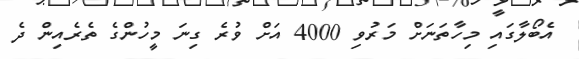
އެބޯލާގައި މިހާތަނަށް މަރުވި 4000 އަށް ވުރެ ގިނަ މީހުންގެ ތެރެއިން ދެ